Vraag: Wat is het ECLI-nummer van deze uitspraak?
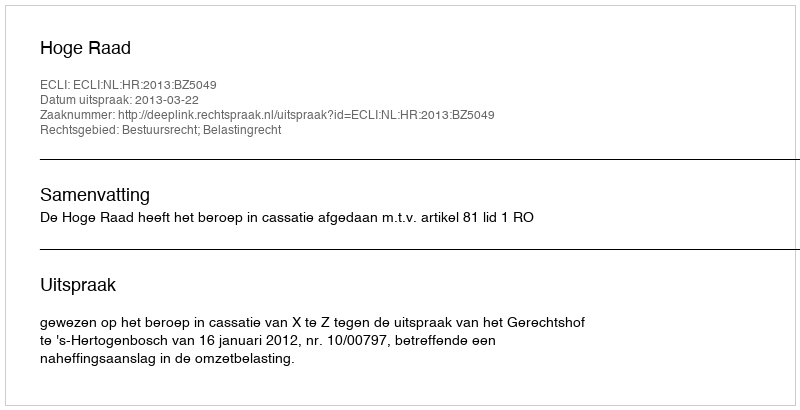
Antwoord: ECLI:NL:HR:2013:BZ5049